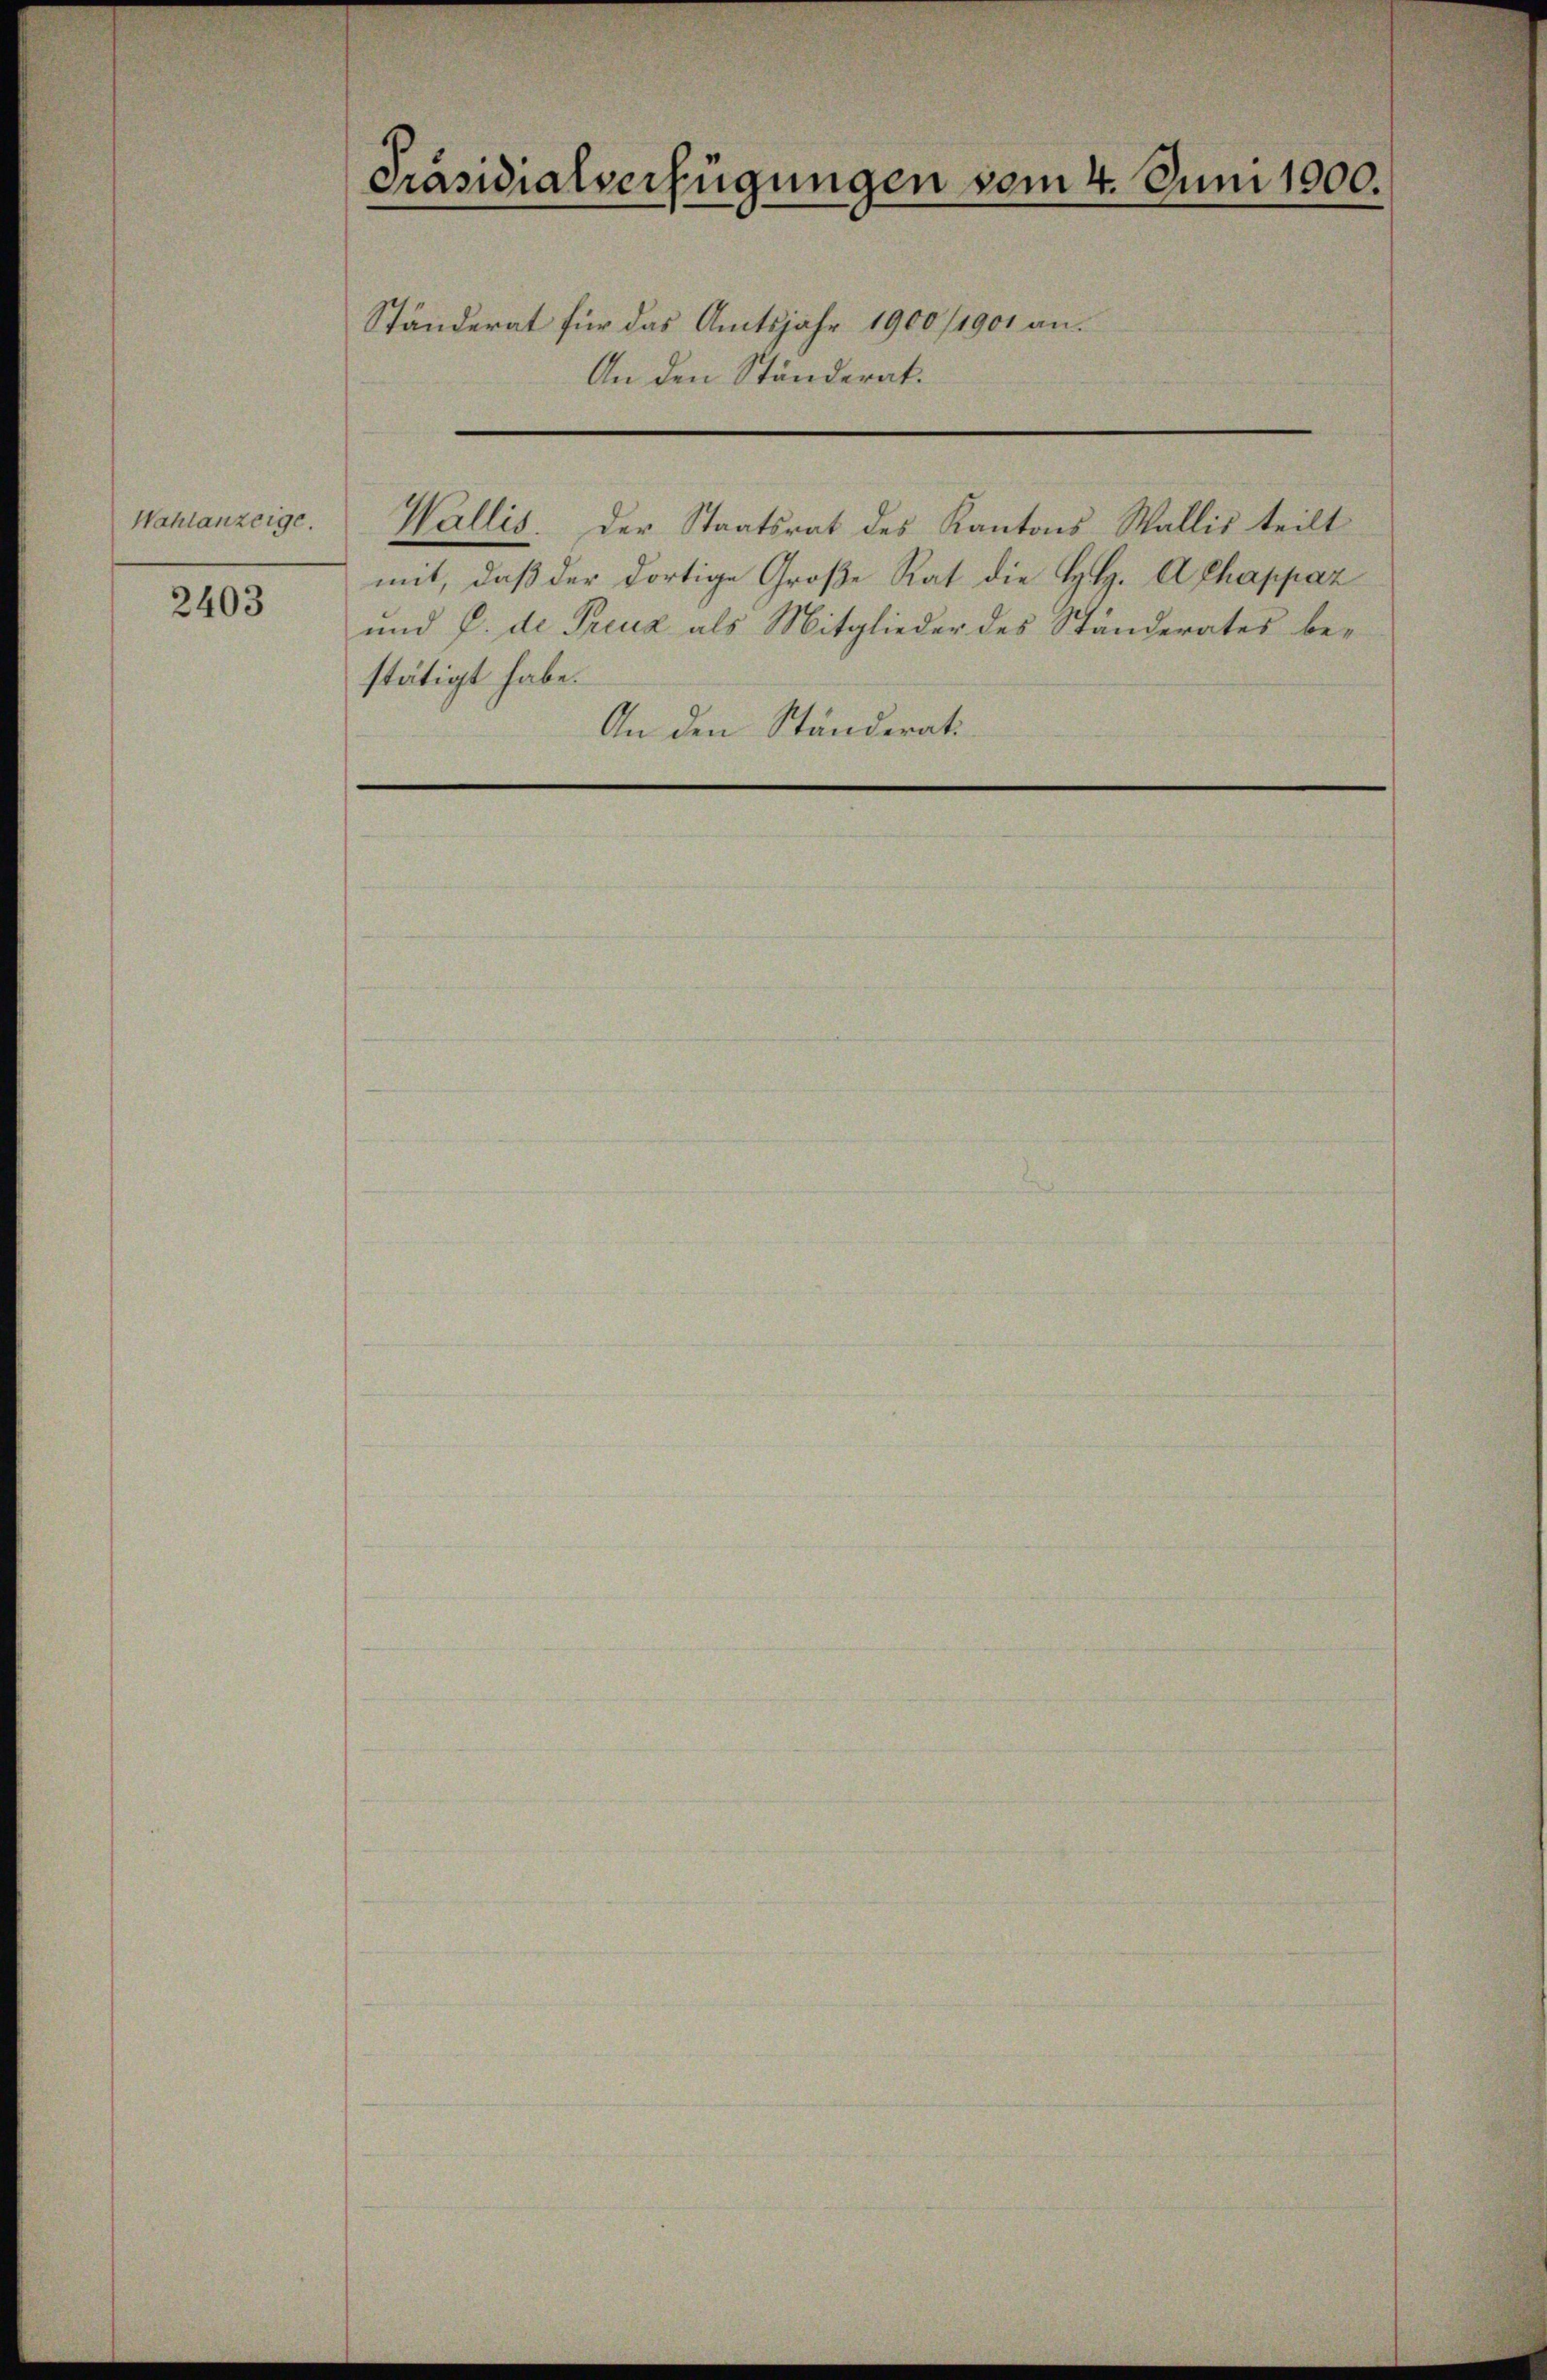
Wahlanzeige.

2403

Präsidialverfügungen vom 4. Juni 1900.
Ständerat für das Amtsjahr 1900/1901 an.
An den Ständerat.

Wallis. Der Staatsrat des Kantons Wallis teilt
mit, daß der dortige Große Rat die H. A chappaz
und J. de Preuz als Mitglieder des Ständerates be-
stätigt habe.
An den Ständerati¬